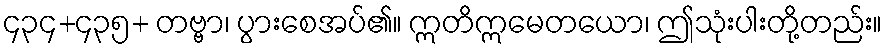
၄၃၄+၄၃၅+ တဗ္ဗာ၊ ပွားစေအပ်၏။ ဣတိဣမေတယော၊ ဤသုံးပါးတို့တည်း။